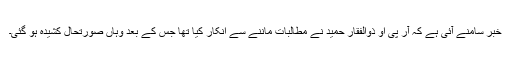
خبر سامنے آئی ہے کہ آر پی او ذوالفقار حمید نے مطالبات ماننے سے انکار کیا تھا جس کے بعد وہاں صورتحال کشیدہ ہو گئی۔